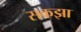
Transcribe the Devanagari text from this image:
सकझा